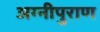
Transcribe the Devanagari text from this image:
अग्नीपुराण